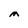
Character: M